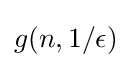
g(n,1/\epsilon )